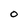
Character: O